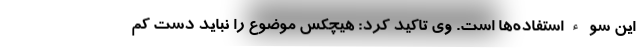
این سوء‌استفاده‌ها است. وی تاکید کرد: هیچکس موضوع را نباید دست کم